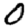
Digit: 0